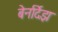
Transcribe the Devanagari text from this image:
बेर्नार्देझ